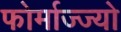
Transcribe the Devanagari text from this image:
फोर्माज्ज्यो